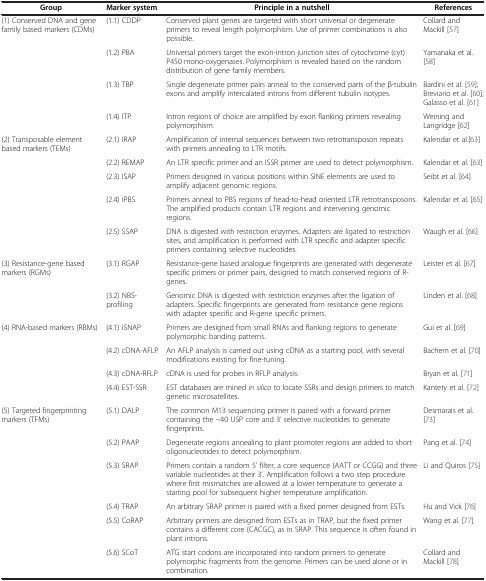
<table><thead><tr><td><b>Group</b></td><td><b>Marker system</b></td><td><b>Principle in a nutshell</b></td><td><b> References</b></td></tr></thead><tbody><tr><td>(1) Conserved DNA and gene family based markers (CDMs)</td><td>(1.1) CDDP</td><td>Conserved plant genes are targeted with short universal or degenerate primers to reveal length polymorphism. Use of primer combinations is also possible.</td><td>Collard and Mackill [57]</td></tr><tr><td> </td><td>(1.2) PBA</td><td>Universal primers target the exon-intron junction sites of cytochrome (cyt) P450 mono-oxygenases. Polymorphism is revealed based on the random distribution of gene family members.</td><td>Yamanaka et al. [58]</td></tr><tr><td> </td><td>(1.3) TBP</td><td>Single degenerate primer pairs anneal to the conserved parts of the β-tubulin exons and amplify intercalated introns from different tubulin isotypes.</td><td>Bardini et al. [59]; Breviario et al. [60]; Galasso et al. [61]</td></tr><tr><td> </td><td>(1.4) ITP</td><td>Intron regions of choice are amplified by exon flanking primers revealing polymorphism.</td><td>Weining and Langridge [62]</td></tr><tr><td>(2) Transposable element based markers (TEMs)</td><td>(2.1) IRAP</td><td>Amplification of internal sequences between two retrotransposon repeats with primers annealing to LTR motifs.</td><td>Kalendar et al.[63]</td></tr><tr><td> </td><td>(2.2) REMAP</td><td>An LTR specific primer and an ISSR primer are used to detect polymorphism.</td><td>Kalendar et al. [63]</td></tr><tr><td> </td><td>(2.3) ISAP</td><td>Primers designed in various positions within SINE elements are used to amplify adjacent genomic regions.</td><td>Seibt et al. [64]</td></tr><tr><td> </td><td>(2.4) iPBS</td><td>Primers anneal to PBS regions of head-to-head oriented LTR retrotransposons. The amplified products contain LTR regions and intervening genomic regions.</td><td>Kalendar et al. [65]</td></tr><tr><td> </td><td>(2.5) SSAP</td><td>DNA is digested with restriction enzymes. Adapters are ligated to restriction sites, and amplification is performed with LTR specific and adapter specific primers containing selective nucleotides.</td><td>Waugh et al. [66]</td></tr><tr><td>(3) Resistance-gene based markers (RGMs)</td><td>(3.1) RGAP</td><td>Resistance-gene based analogue fingerprints are generated with degenerate specific primers or primer pairs, designed to match conserved regions of R-genes.</td><td>Leister et al. [67]</td></tr><tr><td> </td><td>(3.2) NBS-profiling</td><td>Genomic DNA is digested with restriction enzymes after the ligation of adapters. Specific fingerprints are generated from resistance gene regions with adapter specific and R-gene specific primers.</td><td>Linden et al. [68]</td></tr><tr><td>(4) RNA-based markers (RBMs)</td><td>(4.1) iSNAP</td><td>Primers are designed from small RNAs and flanking regions to generate polymorphic banding patterns.</td><td>Gui et al. [69]</td></tr><tr><td> </td><td>(4.2) cDNA-AFLP</td><td>An AFLP analysis is carried out using cDNA as a starting pool, with several modifications existing for fine-tuning.</td><td>Bachem et al. [70]</td></tr><tr><td> </td><td>(4.3) cDNA-RFLP</td><td>cDNA is used for probes in RFLP analysis.</td><td>Bryan et al. [71]</td></tr><tr><td> </td><td>(4.4) EST-SSR</td><td>EST databases are mined <i>in silico</i> to locate SSRs and design primers to match genetic microsatellites.</td><td>Kantety et al. [72]</td></tr><tr><td>(5) Targeted fingerprinting markers (TFMs)</td><td>(5.1) DALP</td><td>The common M13 sequencing primer is paired with a forward primer containing the −40 USP core and 3’ selective nucleotides to generate fingerprints.</td><td>Desmarais et al. [73]</td></tr><tr><td> </td><td>(5.2) PAAP</td><td>Degenerate regions annealing to plant promoter regions are added to short oligonucleotides to detect polymorphism.</td><td>Pang et al. [74]</td></tr><tr><td> </td><td>(5.3) SRAP</td><td>Primers contain a random 5’ filter, a core sequence (AATT or CCGG) and three variable nucleotides at their 3’. Amplification follows a two step procedure where first mismatches are allowed at a lower temperature to generate a starting pool for subsequent higher temperature amplification.</td><td>Li and Quiros [75]</td></tr><tr><td> </td><td>(5.4) TRAP</td><td>An arbitrary SRAP primer is paired with a fixed primer designed from ESTs.</td><td>Hu and Vick [76]</td></tr><tr><td> </td><td>(5.5) CoRAP</td><td>Arbitrary primers are designed from ESTs as in TRAP, but the fixed primer contains a different core (CACGC), as in SRAP. This sequence is often found in plant introns.</td><td>Wang et al. [77]</td></tr><tr><td> </td><td>(5.6) SCoT</td><td>ATG start codons are incorporated into random primers to generate polymorphic fragments from the genome. Primers can be used alone or in combination.</td><td>Collard and Mackill [78]</td></tr></tbody></table>